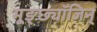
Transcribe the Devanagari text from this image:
मूङ्छ्यॉजिन्